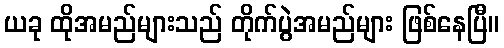
ယခု ထိုအမည်များသည် တိုက်ပွဲအမည်များ ဖြစ်နေပြီ။